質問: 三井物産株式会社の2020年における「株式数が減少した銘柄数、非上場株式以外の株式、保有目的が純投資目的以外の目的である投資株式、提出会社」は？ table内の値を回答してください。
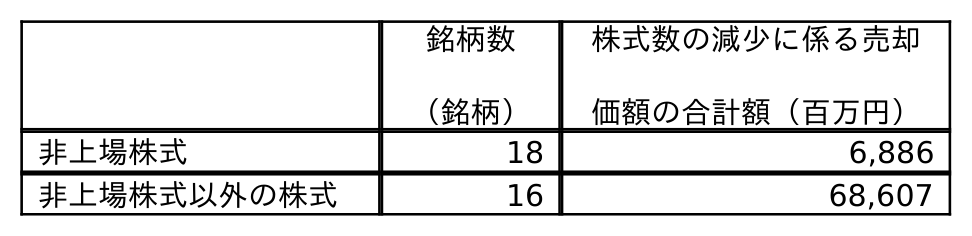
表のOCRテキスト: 銘柄数 （銘柄） 株式数の減少に係る売却 価額の合計額（百万円） 非上場株式 18 6,886 非上場株式以外の株式 16 68,607
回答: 16